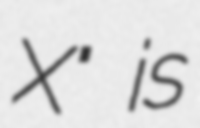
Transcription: X" is